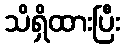
သိရှိထားပြီး